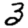
Digit: 3